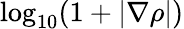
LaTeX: \log_{10}(1+\left|\nabla\rho\right|)